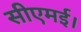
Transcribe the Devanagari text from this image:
सीएमई।